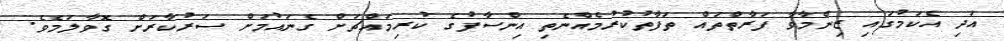
އަދި އެކަމުގައި ޒިންމާވާ ފަރާތްތައް ތަފާތުކުރުމެއްނެތި އިންސާފުގެ ކުރިމައްޗަށް ގެނައުމަށް ސަރުކާރަށް ގޮވާލަމެވެ.